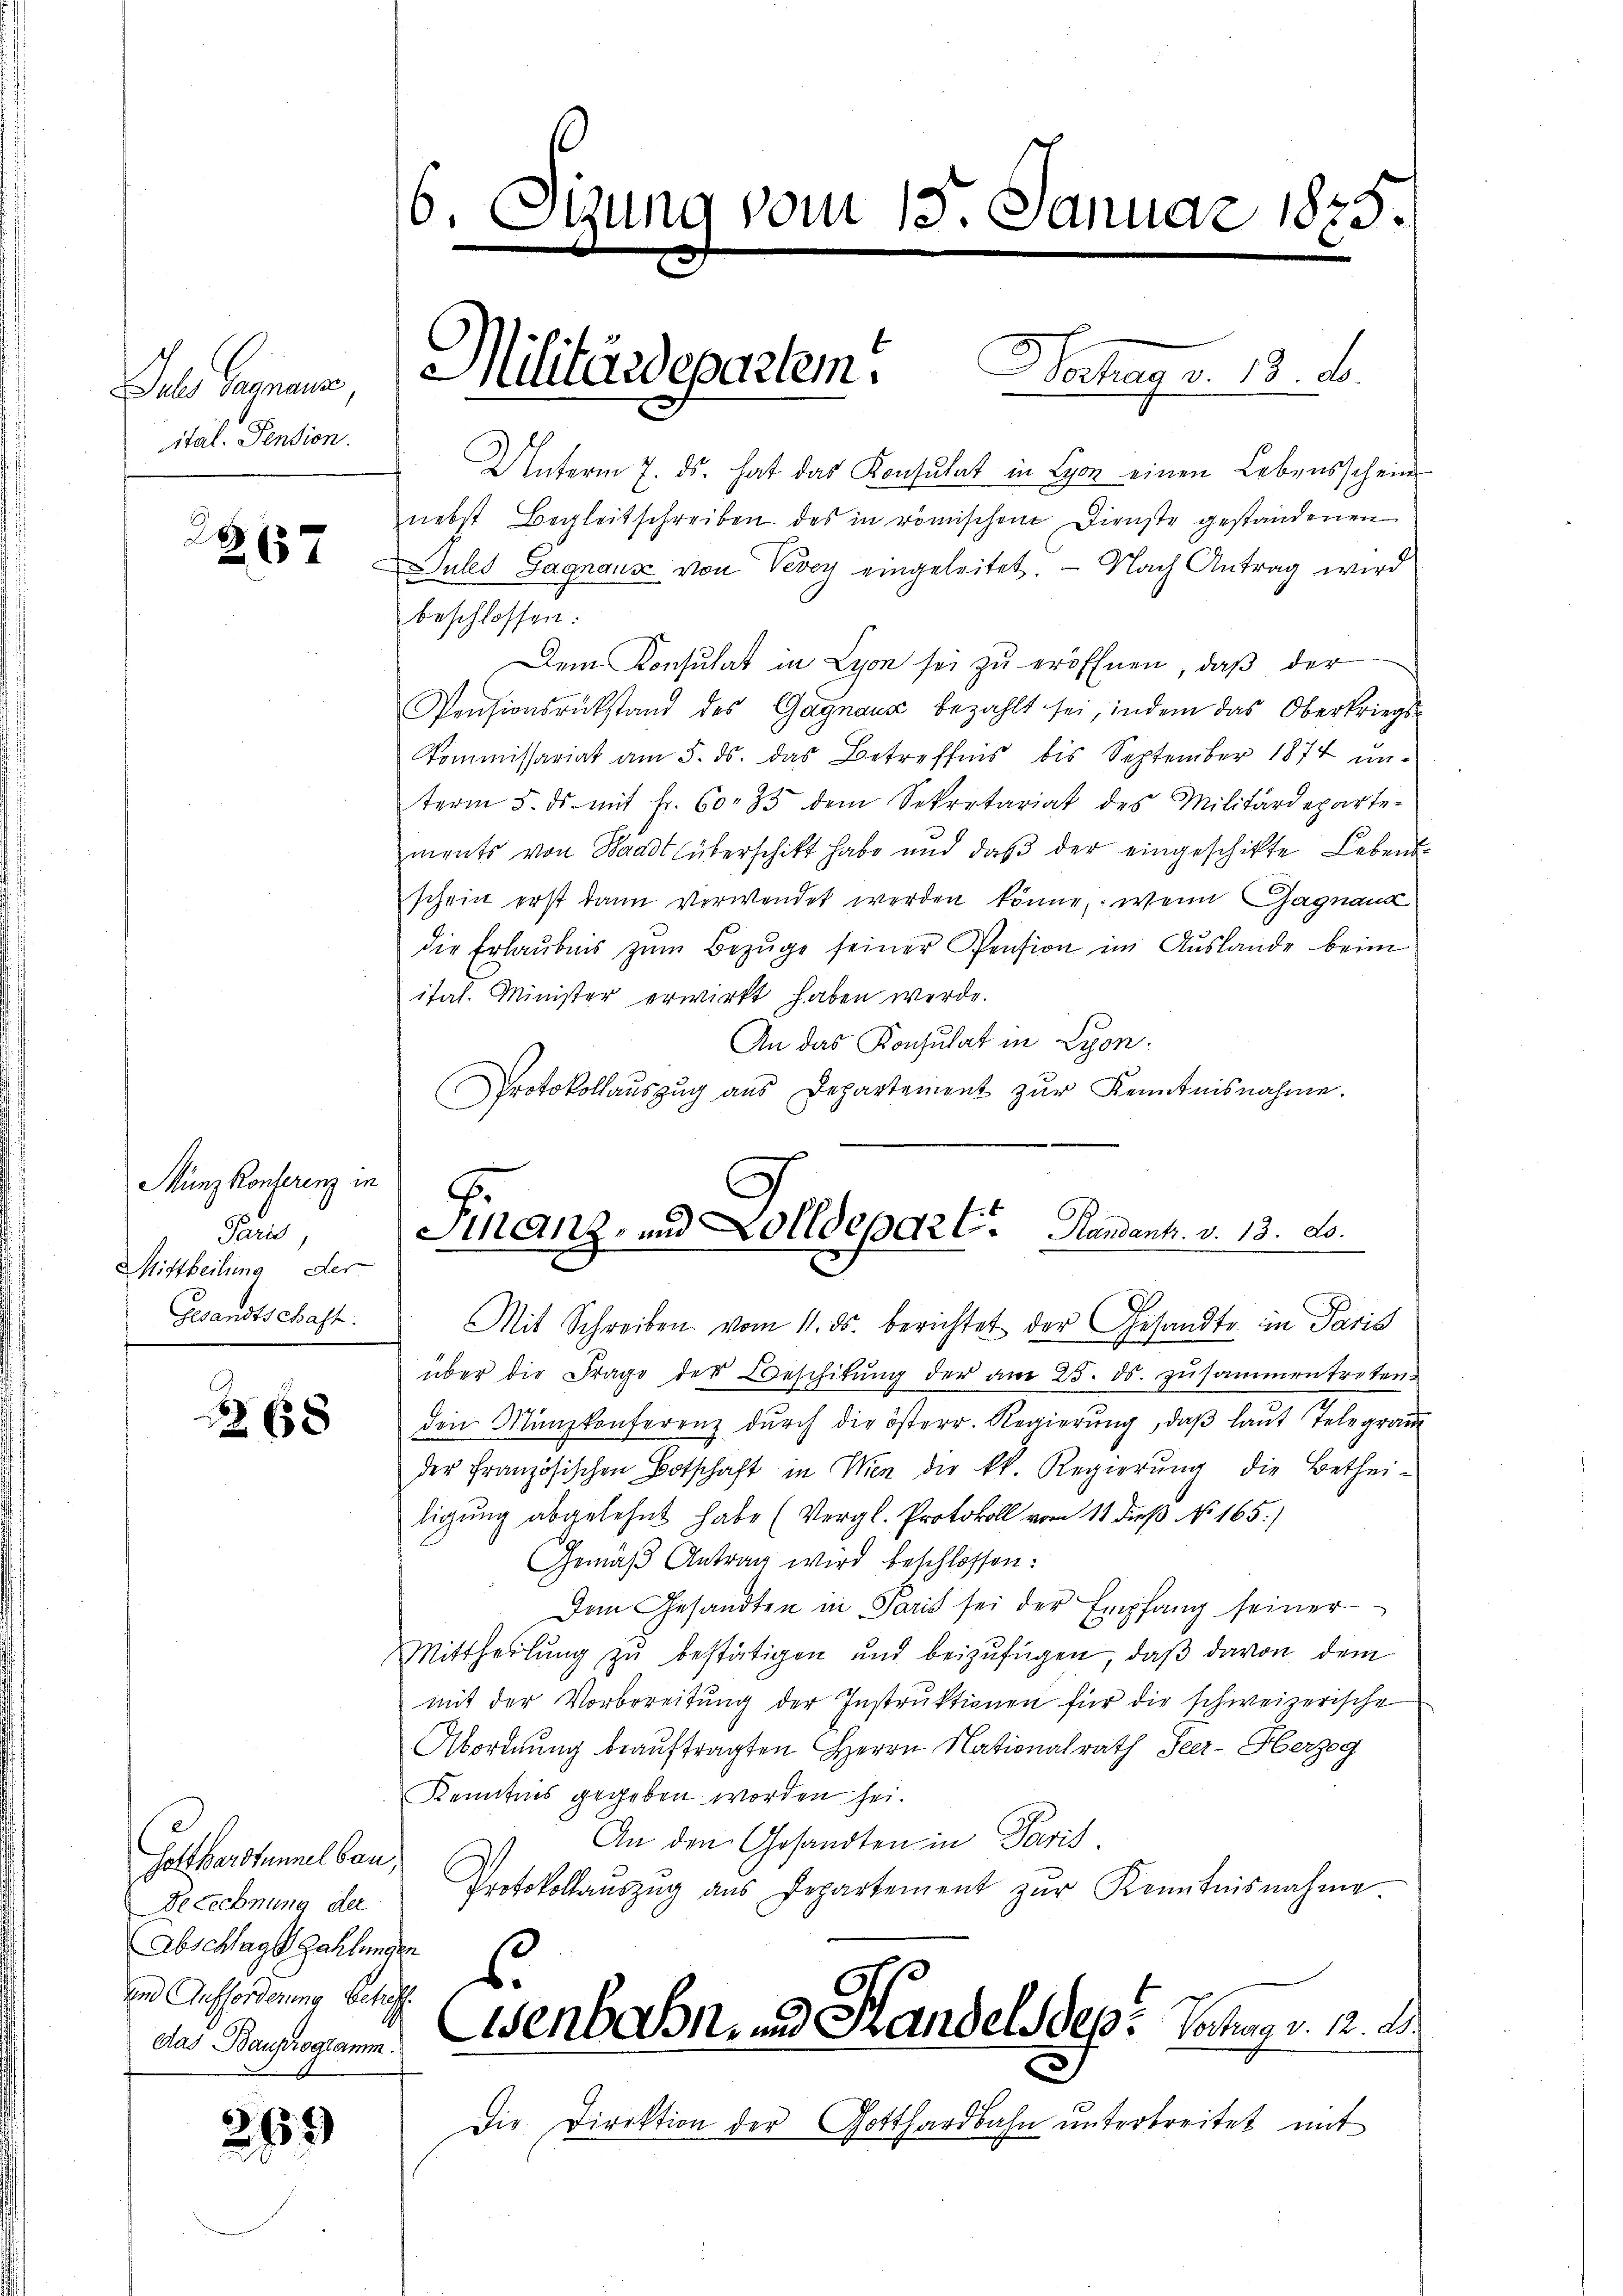
Juler Gegenans
ital. Pension.

2
267

Münz Konferenz in
Paris
Mittheilung der
Gesandtschaft.

658

Gotthardtunnel bau
Berechnung der
Abschlags Zahlungen
und Aufforderung betreff
das Bauprogramm.

269

6. Sitzung vom 15. Januar 1875.

Unterm 7. ds. hat das Konsulat in Lyon einen Lebensschein
nebst Begleitschreiben des in römischen Dienste gestandenen
Jules Sagnaus von Vevey eingeleitet. — Nach Antrag wird
beschlossen:
Dem Konsulat in Lyon sei zu eröffnen, daß der
Pensionsrükstand des Gagnaus bezahlt sei, indem das Oberkriegs¬
Kommissariat am 5. ds. das Betreffnis bis September 1874 unterm 5. ds. mit Fr. 60. 33 dem Sekretariat des Militärdeparte-
ments von Waadt überschikt habe und daβ der eingeschikte Lebens-
schein erst dann verwendet werden könne, wenn Gagnand
die Erlaŭbnis zŭm Bezŭge seiner Pension im Auslande beim
itat. Minister erwirkt haben werde.
An das Konsulat in Lyon.
Protokollauszug aus Departement zur Kenntnisnahme.

2

Militärdepartem. Dechag v. 13. d.

Finanz, und Zolldepar E. Handant. v. 13. ds.
Mit Schreiben vom 11. ds. berichtet der Gesandte in Paris

über die Frage der Beschitung der am 25. ds. zusammentreten.
den Münzkonferenz dŭrch die österr. Regierŭng, daβ laŭt Telegram
der Französischen Botschaft in Wien der kk. Regierŭng die Bethei-
ligung abgelehnt habe (Vergl. Protokoll vom 11 dieß No. 165.)
Gemäß Antrag wird beschlossen:
Dem Gesandten in Paris sei der Empfang seiner
Mittheilŭng zŭ bestätigen und beizufügen, daß davon dem
mit der Vorbereitŭng der Instrŭktionen für die schweizerische
Abordnung beauftragten Herrn Nationalrath Peer-Herzog
Kenntnis gegeben worden hei¬
An den Gesandten in Paris
Protokollaŭszŭg ans Departement zŭr Kenntnisnahme
s.
Eisenbahn, und Grandels des Verhag v. 12. d.
Die Direktion der Gotthardbahn unterbreitet mit